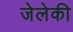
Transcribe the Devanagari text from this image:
जेलेकी